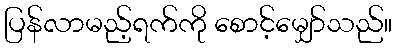
ပြန်လာမည့်ရက်ကို စောင့်မျှော်သည်။